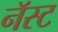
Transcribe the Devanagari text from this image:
नॅस्ट